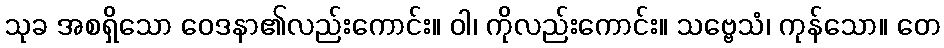
သုခ အစရှိသော ဝေဒနာ၏လည်းကောင်း။ ဝါ၊ ကိုလည်းကောင်း။ သဗ္ဗေသံ၊ ကုန်သော။ တေ